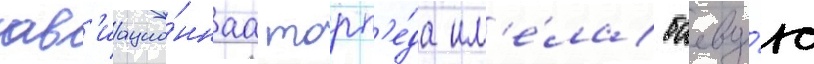
ав'иацио́ннаа торп'е́да им'е́ла боеву́ю